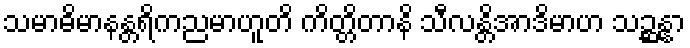
သမာဓိမာနန္တရိကညမာဟူတိ ကိတ္တိတာနိ သီလန္တိအာဒိမာဟ သဉ္ဆန္နာ